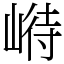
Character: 崻